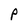
Character: P